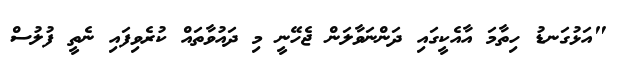
"އަޅުގަނޑު ހިތާމަ އާއެކީގައި ދަންނަވާލަން ޖެހޭނީ މި ދައުވާތައް ކުރެވިފައި ނެތީ ފުލުސް